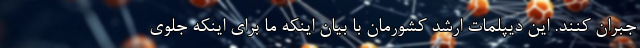
جبران کنند. این دیپلمات ارشد کشورمان با بیان اینکه ما برای اینکه جلوی